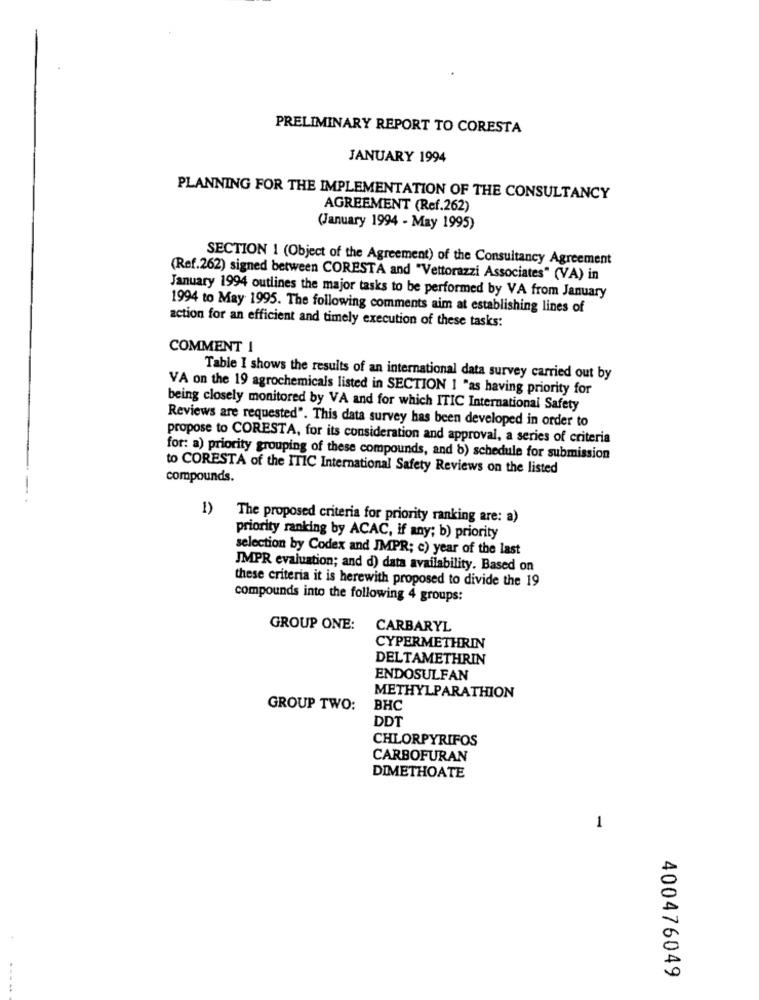
PRELIMINARY REPORT TO CORESTA
JANUARY 1994
PLANNING FOR THE IMPLEMENTATION OF THE CONSULTANCY
AGREEMENT (Ref.262)
(January 1994 - May 1995)
SECTION 1 (Object of the Agreement) of the Consultancy Agreement
(Ref.262) signed between CORESTA and "Vettorazzi Associates" (VA) in
January 1994 outlines the major tasks to be performed by VA from January
1994 to May 1995. The following comments aim at establishing lines of
action for an efficient and timely execution of these tasks:
COMMENT 1
Table I shows the results of an international data survey carried out by
VA on the 19 agrochemicals listed in SECTION 1 "as having priority for
being closely monitored by VA and for which ITIC International Safety
Reviews are requested". This data survey has been developed in order to
propose to CORESTA, for its consideration and approval, a series of criteria
for: a) priority grouping of these compounds, and b) schedule for submission
to CORESTA of the ITIC International Safety Reviews on the listed
compounds.
)The proposed criteria for priority ranking are: a)
priority ranking by ACAC, if any; b) priority
selection by Codex and JMPR; c) year of the last
JMPR evaluation; and d) data availability. Based on
these criteria it is herewith proposed to divide the 19
compounds into the following 4 groups:
GROUP ONE:
CARBARYL
CYPERMETHRIN
DELTAMETHRIN
ENDOSULFAN
METHYLPARATHION
GROUP TWO:
BHC
DDT
CHLORPYRIFOS
CARBOFURAN
DIMETHOATE
1
400476049